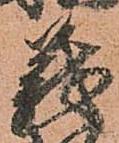
義